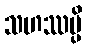
သဟဿမ္ပိ